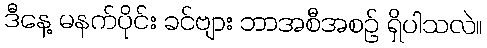
ဒီနေ့ မနက်ပိုင်း ခင်ဗျား ဘာအစီအစဉ် ရှိပါသလဲ။